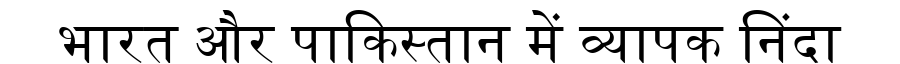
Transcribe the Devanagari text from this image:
भारत और पाकिस्तान में व्यापक निंदा